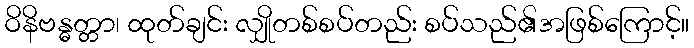
ဝိနိဗန္ဓတ္တာ၊ ထုတ်ချင်း လျှိုတစ်စပ်တည်း စပ်သည်၏အဖြစ်ကြောင့်။